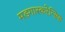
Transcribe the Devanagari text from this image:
मडगास्करेन्सिस